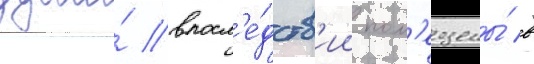
души́ впосл'е́дств'ии пом'ещены́ в